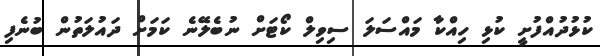
ކުޅުދުއްފުށީ ކުޅި ހިއްކާ މައްސަލަ ސިވިލް ކޯޓަށް ނުބެލޭނެ ކަމަށް ދައުލަތުން ބުނެފި